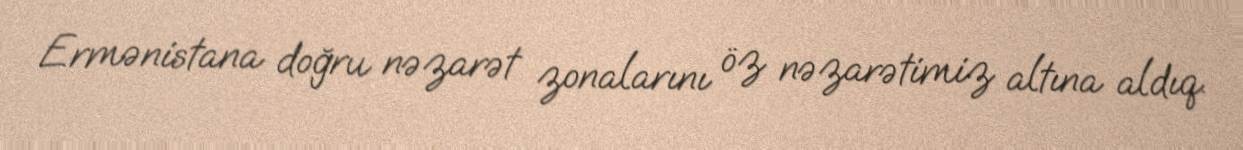
Ermənistana doğru nəzarət zonalarını öz nəzarətimiz altına aldıq.